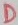
Text: D